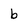
Character: b